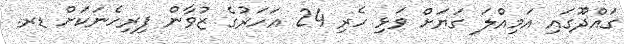
ގައްދޫގައި އަމިއްލަ ގަޔަށް ވަޅި ހެރި 24 އަހަރުގެ ޒުވާން ފިރިހެނަަަކަށް ޑރ.